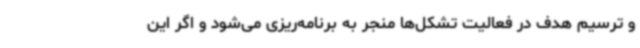
و ترسیم هدف در فعالیت تشکل‌ها منجر به برنامه‌ریزی می‌شود و اگر این